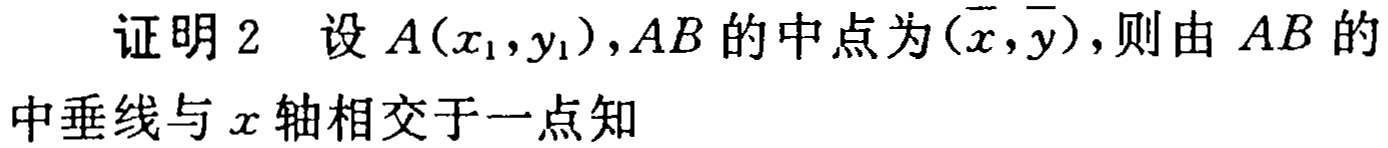
证明2 设$A(x_1,y_1),AB$的中点为$(\overline{x},\overline{y})$,则由$AB$的中垂线与$x$轴相交于一点知